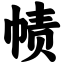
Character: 帻